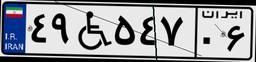
۴۹W۵۴۷۰۶